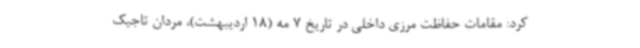
کرد: مقامات حفاظت مرزی داخلی در تاریخ 7 مه (18 اردیبهشت)، مردان تاجیک